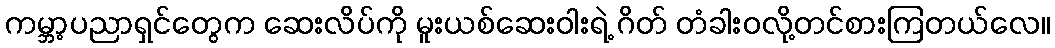
ကမ္ဘာ့ပညာရှင်တွေက ဆေးလိပ်ကို မူးယစ်ဆေးဝါးရဲ့ ဂိတ် တံခါးဝလို့တင်စားကြတယ်လေ။